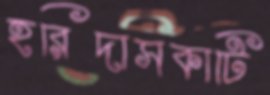
হরিদাসকাটি